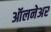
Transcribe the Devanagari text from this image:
ऑलनेअर